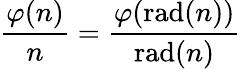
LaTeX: {\frac{\varphi(n)}{n}}={\frac{\varphi(\operatorname{rad}(n))}{\operatorname{rad}(n)}}